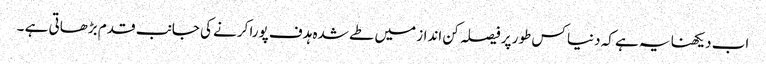
اب دیکھنا یہ ہے کہ دنیا کس طور پر فیصلہ کن انداز میں طے شدہ ہدف پورا کرنے کی جانب قدم بڑھاتی ہے ۔